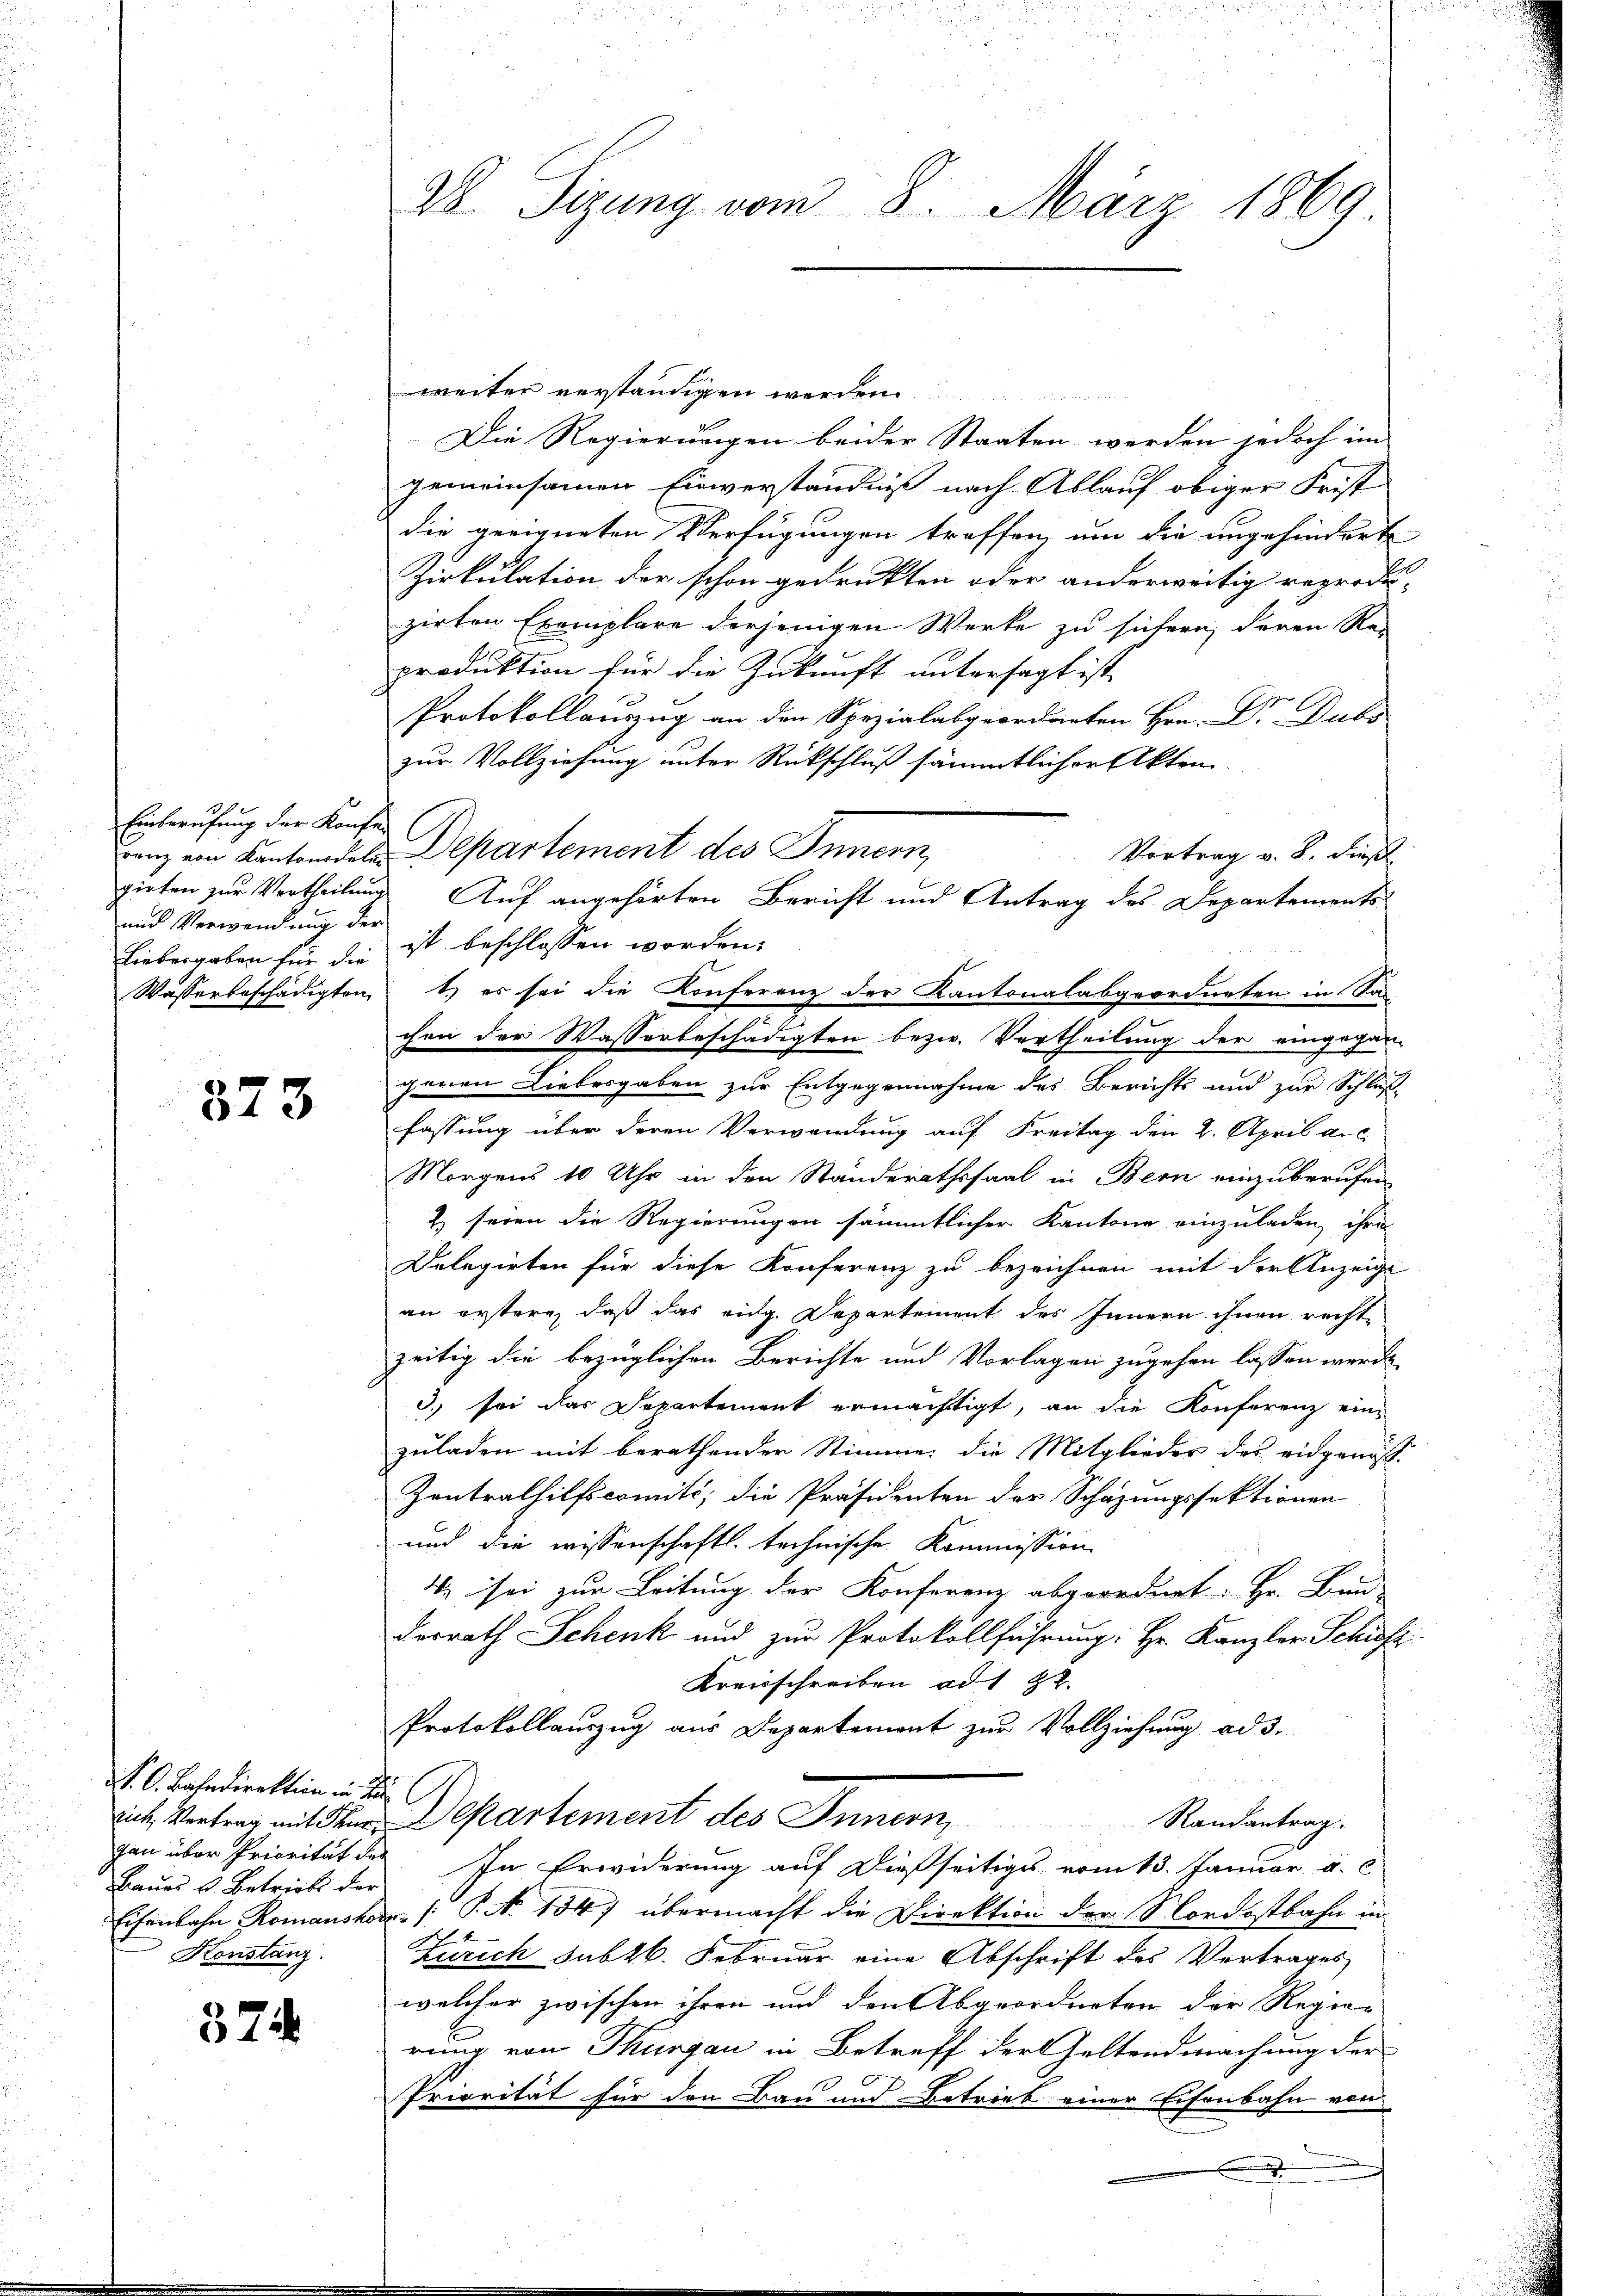
Einberufung der Konfe
und Verwendung der

373

N. O. Bahndirektion in d
Baues u. Betriebs der
Konstanz.

374

Ab. Tizung vom 8. März 1869.

weiter verständigen werden
Die Regierungen beider Staaten werden jedoch im
gemeinsamen Einverständniß nach Ablauf obiger Frist
die geeigneten Verfügungen traffen, um die angehindert
Zirkulation der schon gedrukten oder anderweitig reprodu-
zirten Exemplare derjenigen Werke zu sichern, deren Rei
produktion für die Zukunft untersagt ist,
Protokollauszug an den Spezialabgeordneten Hrn. Dr. Dubs
zur Vollziehung unter Rückschluß sämmtlicher Akten
ranz von Kantonsdele Departement des Innern,
Vortrag v. 8. dieß
gieten zur Vertheilung Auf angehörten Bericht und Antrag des Departements-
Liebergaben für die ist beschlossen worden.
Wasserbeschädigten 1) es sei die Konferenz der Kantonalabgeordneten in Sac
chen der Wasserbeschädigten bezw. Vertheilung der eingegan-
genen Liebesgaben zur Entgegennahme des Berichts und zur Schluß
fassung über deren Verwendung auf Freitag den 2. April a.c.
Morgens 10 Uhr in den Ständerathssaal in Bern einzuberufen
2 seien die Regierungen sämmtlicher Kantone einzuladen, ihre
Delegirten für diese Konferenz zu bezeichnen mit der Anzeige
an erstere, daß das eidg. Departement des Innern ihnen recht-
zeitig die bezüglichen Berichte und Vorlagen zugehen lassen werde.
3.) sei das Departement ermächtigt, an die Konferenz ein-
zuladen mit berathender Stimme, die Mitglieder des eidgenös-
Zentralhilfscomité, die Präsidenten der Schazungssektionen
und die wissenschaftl. technische Kommission
4. sei zur Leitung der Konferenz abgeordnet. Hr. Bun-
derrath Schenk und zur Protokollführung: Hr. Kanzler Schifz
Kreisschreiben ad 1 22.
Protokollauszug aus Departement zur Vollziehung ad 3.
iche Vertrag mit dem Departement des Innern, Randantrag.
gan über Priorität des In Erwiderung auf dießseitiges vom 13. Januar a. c
Eisenbahn Romanshor. P. N. 134, übermacht die Direktion der Nordostbahn im
Zürich Subkk. Februar eine Abschrift des Vertrages
welcher zwischen ihren und den Abgeordneten der Regier
rung von Thurgau in Betreff der Geltendmachung der
Priorität für den Bau und Betrieb einer Eisenbahn von